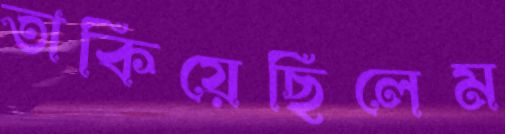
তাকিয়েছিলেম